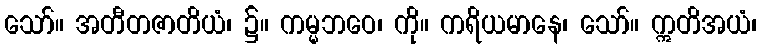
သော်။ အတီတဇာတိယံ၊ ၌။ ကမ္မဘဝေ၊ ကို။ ကရိယမာနေ၊ သော်။ ဣတိအယံ၊